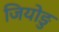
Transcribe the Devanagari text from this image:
जियोङु